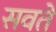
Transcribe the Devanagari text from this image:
सवते